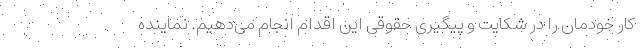
کار خودمان را در شکایت و پیگیری حقوقی این اقدام انجام می‌دهیم. نماینده